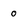
Character: 0